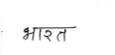
मजकूर: भारत